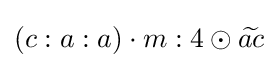
(c:a:a)\cdot m:4\odot {\widetilde {ac}}